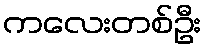
ကလေးတစ်ဦး